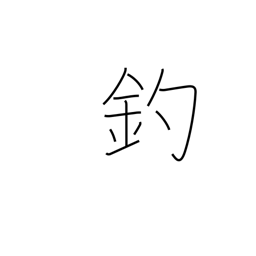
Meaning: ensnare